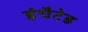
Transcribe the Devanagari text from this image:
इंचैटेड